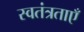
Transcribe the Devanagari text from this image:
स्वतंत्रताएँ